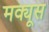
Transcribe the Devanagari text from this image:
मक्यूस